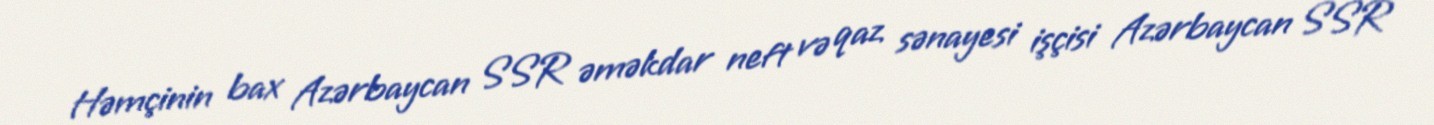
Həmçinin bax Azərbaycan SSR əməkdar neft və qaz sənayesi işçisi Azərbaycan SSR